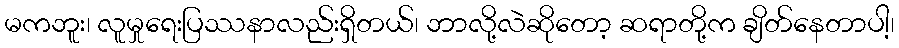
မကဘူး၊ လူမှုရေးပြဿနာလည်းရှိတယ်၊ ဘာလို့လဲဆိုတော့ ဆရာတို့က ချိတ်နေတာပါ့၊